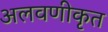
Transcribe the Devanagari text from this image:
अलवणीकृत